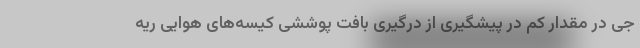
جی در مقدار کم در پیشگیری از درگیری بافت پوششی کیسه‌های هوایی ریه